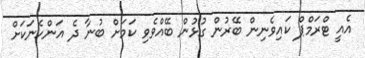
އެއީ ޓްރަމްޕް ކައިވެނިން ބޭރުން ގުޅުން ބޭއްވެވި ކަމަށް ބުނާ ދެ އަންހެނަކަށް